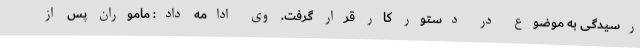
رسیدگی به موضوع در دستور کار قرار گرفت. وی ادامه داد: ماموران پس از